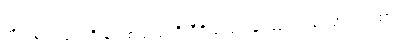
အိပ်ခြင်း ပျင်းရိခြင်းစသည်ကို ဝီရိယဖြင့် နှင်ထုတ်ရကြောင်းဂါထာ